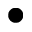
\bullet